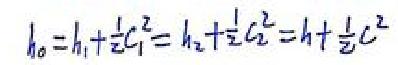
\(h_{0}=h_{1}+\frac{1}{2}c_{1}^{2}=h_{2}+\frac{1}{2}c_{2}^{2}=h+\frac{1}{2}c^{2}\)